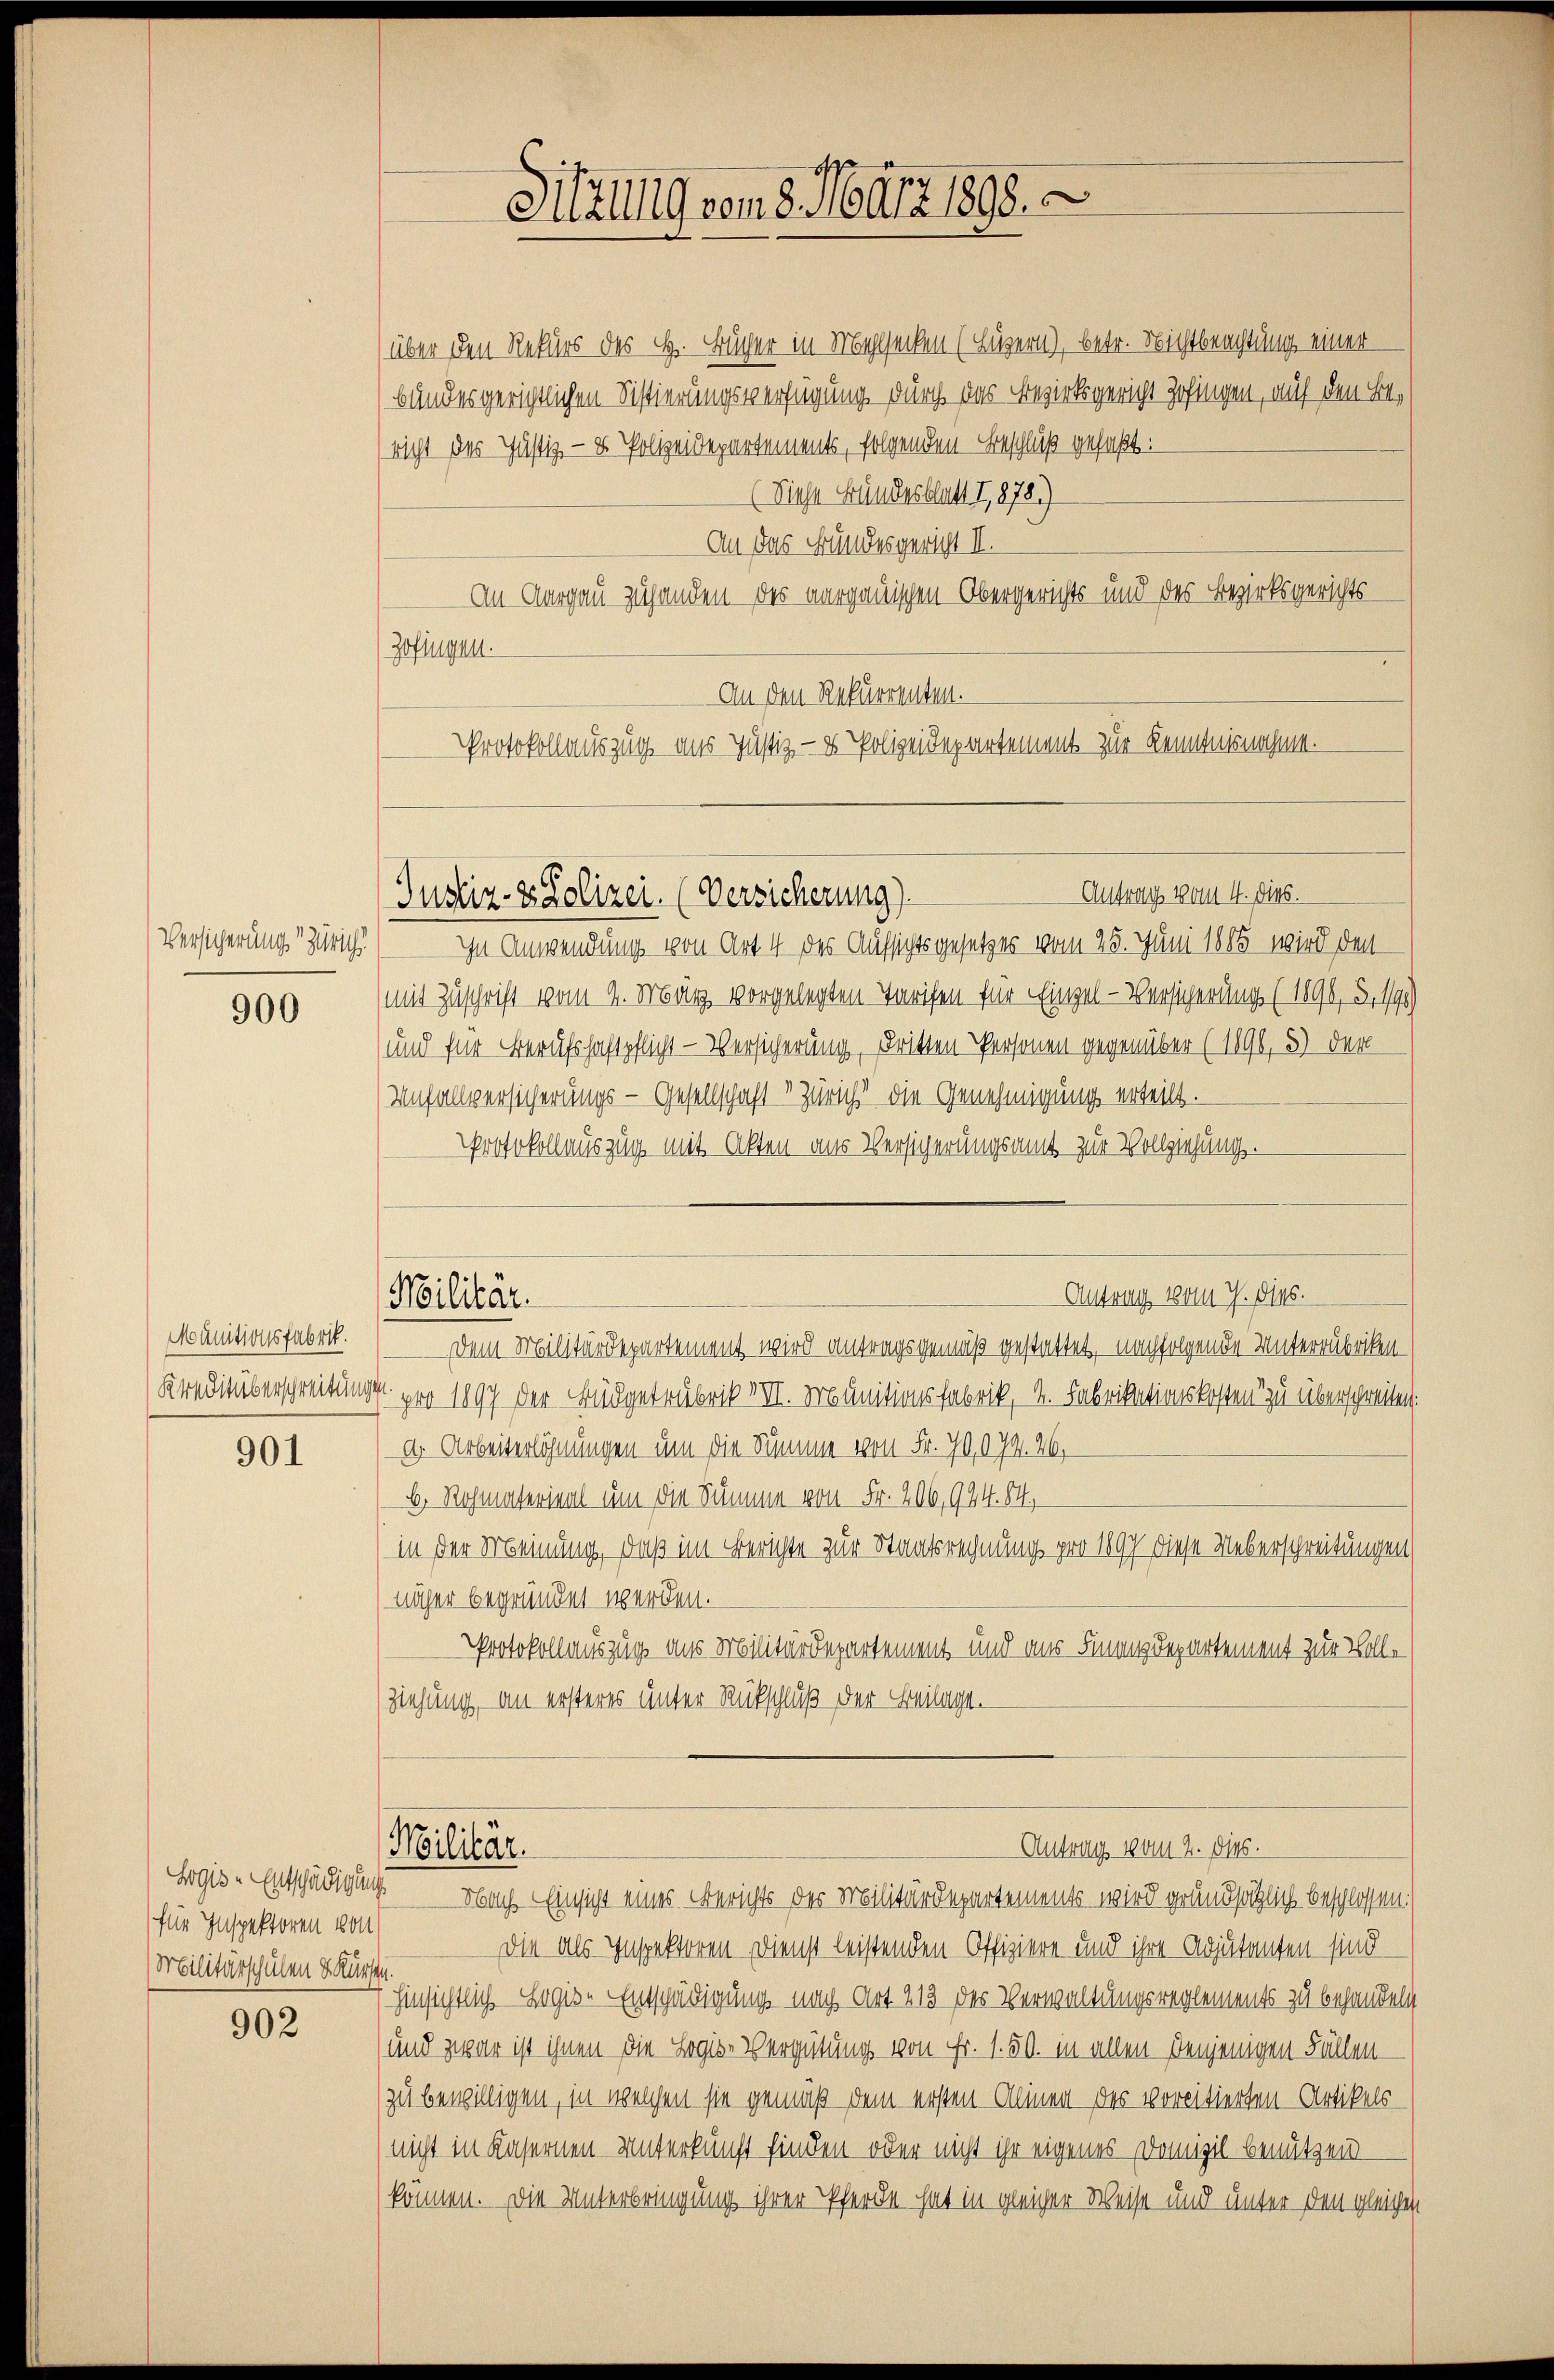
Versicherung Zürich

900

Munitionsfabrik.
Kreditüberschreibunge

901

für Inspektoren von
Mobilitärschulen dürfen.

902

über den Rekurs des H. Bücher in Malsecken (Luzern), betr. Nichtbeachtung einer
bundesgerichtlichen Sistierungsverfügung durch das Bezirksgericht Zofingen, auf den Bericht des Justiz- & Polizeidepartements, folgenden Beschluß gefaßt:
(Diese Bundesblatt 7,878)
An das Bundesgericht II.
An Aargau zuhanden des aargauischen Obergerichts und des Bezirksgerichts
Zofingen.
An den Rekurrenten.
Protokollauszug aus Justiz- & Polizeidepartement zur Kenntnisnahme.

Justiz- & Polizei. (Versicherung)

Militär.

Militär.

Sitzung von 8. März 1898.

Antrag vom 4. dies.

Antrag vom 2. Dies.

In Anwendung von Art. 4 des Aufsichtsgesetzes vom 25. Juni 1885 wird den
(mit Zuschrift vom 4. März vorgelegten Tarifen für Einzel-Versicherung (1896, d. 1795)
und für Berufschaftpflicht - Versicherung, dritten Personen gegenüber (1896, 3) der
Unfallversicherungs-Gesellschaft v. Züricht die Genehmigung erteilt.
PProtokollauszug mit Akten aus Versicherungsamt zur Vollziehung.
Antrag vom 7. dies.
Dem Militärdepartement wird antragsgemäß gestattet, nachfolgende Unterrübrigen¬
4 pro 1897 der Büdgetrubrik VIII. Munitionsfabrik, 2. Fabrikationskosten zu überschreiben:
dh. Arbeiterlöhnungen um die Summe von Fr. 70,072. 26.
b. Rohmaterial um die Summe von Fr. 206,924. 84,
in der Meinung, daß im Berichte zur Staatsrechnung pro 1897 diese Ueberschreitungen
näher begründet werden.
Protokollauszug aus Militärdepartement und aus Finanzdepartement zur Voll¬
Ziehung, an ersteres unter Rückschluß der Beilage.

Egis-Entschädigung Obach Einsicht eines Berichts der Militärdepartements wird grundsätzlich beschlossen:
Die als Inspektoren Dienst leistenden Offiziere und ihre Adjutanten sind
hinsichtlich logis Entschädigung nach Art. 213 des Verwaltungsreglements zu behandeln
und zwar ist ihnen die Logise Vergütung von Fr. 1. 50. in allen denjenigen Fällen
zu bewilligen, in welchen sie gemäß dem ersten Alinen des vorcitierten Artikels
(nicht in Kasernen Unterkunft finden oder nicht ihr eigenes Domizil benützen
können. Die Unterbringung ihrer Pferde hat in gleicher Weise und unter den gleichen